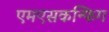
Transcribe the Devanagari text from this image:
एमएसकन्फिग